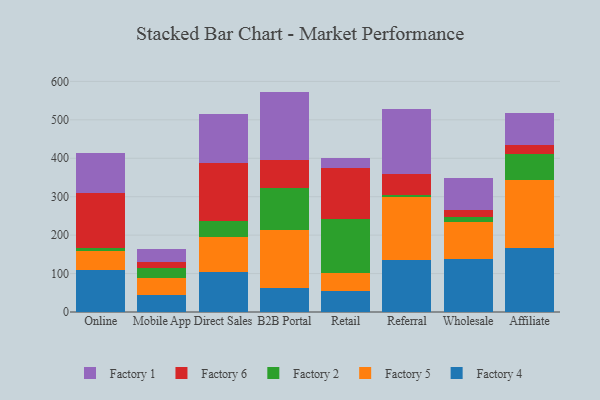
{"axis": {"x": "Channel", "y": "Headcount"}, "legend": ["Factory 1", "Factory 2", "Factory 4", "Factory 5", "Factory 6"], "data": [{"x": "Online", "y": 109.2, "type": "Factory 4"}, {"x": "Online", "y": 50.7, "type": "Factory 5"}, {"x": "Online", "y": 6.8, "type": "Factory 2"}, {"x": "Online", "y": 141.9, "type": "Factory 6"}, {"x": "Online", "y": 105.0, "type": "Factory 1"}, {"x": "Mobile App", "y": 44.9, "type": "Factory 4"}, {"x": "Mobile App", "y": 42.4, "type": "Factory 5"}, {"x": "Mobile App", "y": 28.1, "type": "Factory 2"}, {"x": "Mobile App", "y": 13.9, "type": "Factory 6"}, {"x": "Mobile App", "y": 34.3, "type": "Factory 1"}, {"x": "Direct Sales", "y": 103.3, "type": "Factory 4"}, {"x": "Direct Sales", "y": 91.3, "type": "Factory 5"}, {"x": "Direct Sales", "y": 42.3, "type": "Factory 2"}, {"x": "Direct Sales", "y": 150.7, "type": "Factory 6"}, {"x": "Direct Sales", "y": 128.1, "type": "Factory 1"}, {"x": "B2B Portal", "y": 61.4, "type": "Factory 4"}, {"x": "B2B Portal", "y": 151.9, "type": "Factory 5"}, {"x": "B2B Portal", "y": 108.6, "type": "Factory 2"}, {"x": "B2B Portal", "y": 73.4, "type": "Factory 6"}, {"x": "B2B Portal", "y": 178.2, "type": "Factory 1"}, {"x": "Retail", "y": 54.4, "type": "Factory 4"}, {"x": "Retail", "y": 48.3, "type": "Factory 5"}, {"x": "Retail", "y": 139.4, "type": "Factory 2"}, {"x": "Retail", "y": 131.4, "type": "Factory 6"}, {"x": "Retail", "y": 27.0, "type": "Factory 1"}, {"x": "Referral", "y": 135.8, "type": "Factory 4"}, {"x": "Referral", "y": 162.4, "type": "Factory 5"}, {"x": "Referral", "y": 5.1, "type": "Factory 2"}, {"x": "Referral", "y": 55.7, "type": "Factory 6"}, {"x": "Referral", "y": 169.4, "type": "Factory 1"}, {"x": "Wholesale", "y": 136.9, "type": "Factory 4"}, {"x": "Wholesale", "y": 96.7, "type": "Factory 5"}, {"x": "Wholesale", "y": 14.0, "type": "Factory 2"}, {"x": "Wholesale", "y": 17.4, "type": "Factory 6"}, {"x": "Wholesale", "y": 82.7, "type": "Factory 1"}, {"x": "Affiliate", "y": 166.3, "type": "Factory 4"}, {"x": "Affiliate", "y": 176.4, "type": "Factory 5"}, {"x": "Affiliate", "y": 68.1, "type": "Factory 2"}, {"x": "Affiliate", "y": 23.7, "type": "Factory 6"}, {"x": "Affiliate", "y": 84.4, "type": "Factory 1"}]}